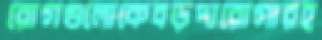
রোগগুলোকেবড়দারোগারহ